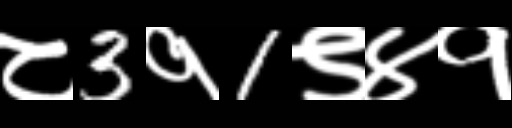
Text: ८3१1९४१